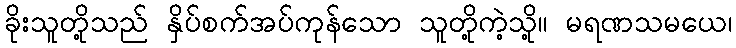
ခိုးသူတို့သည် နှိပ်စက်အပ်ကုန်သော သူတို့ကဲ့သို့။ မရဏသမယေ၊